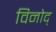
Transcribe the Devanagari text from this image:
विनोद्